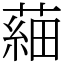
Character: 𦹀